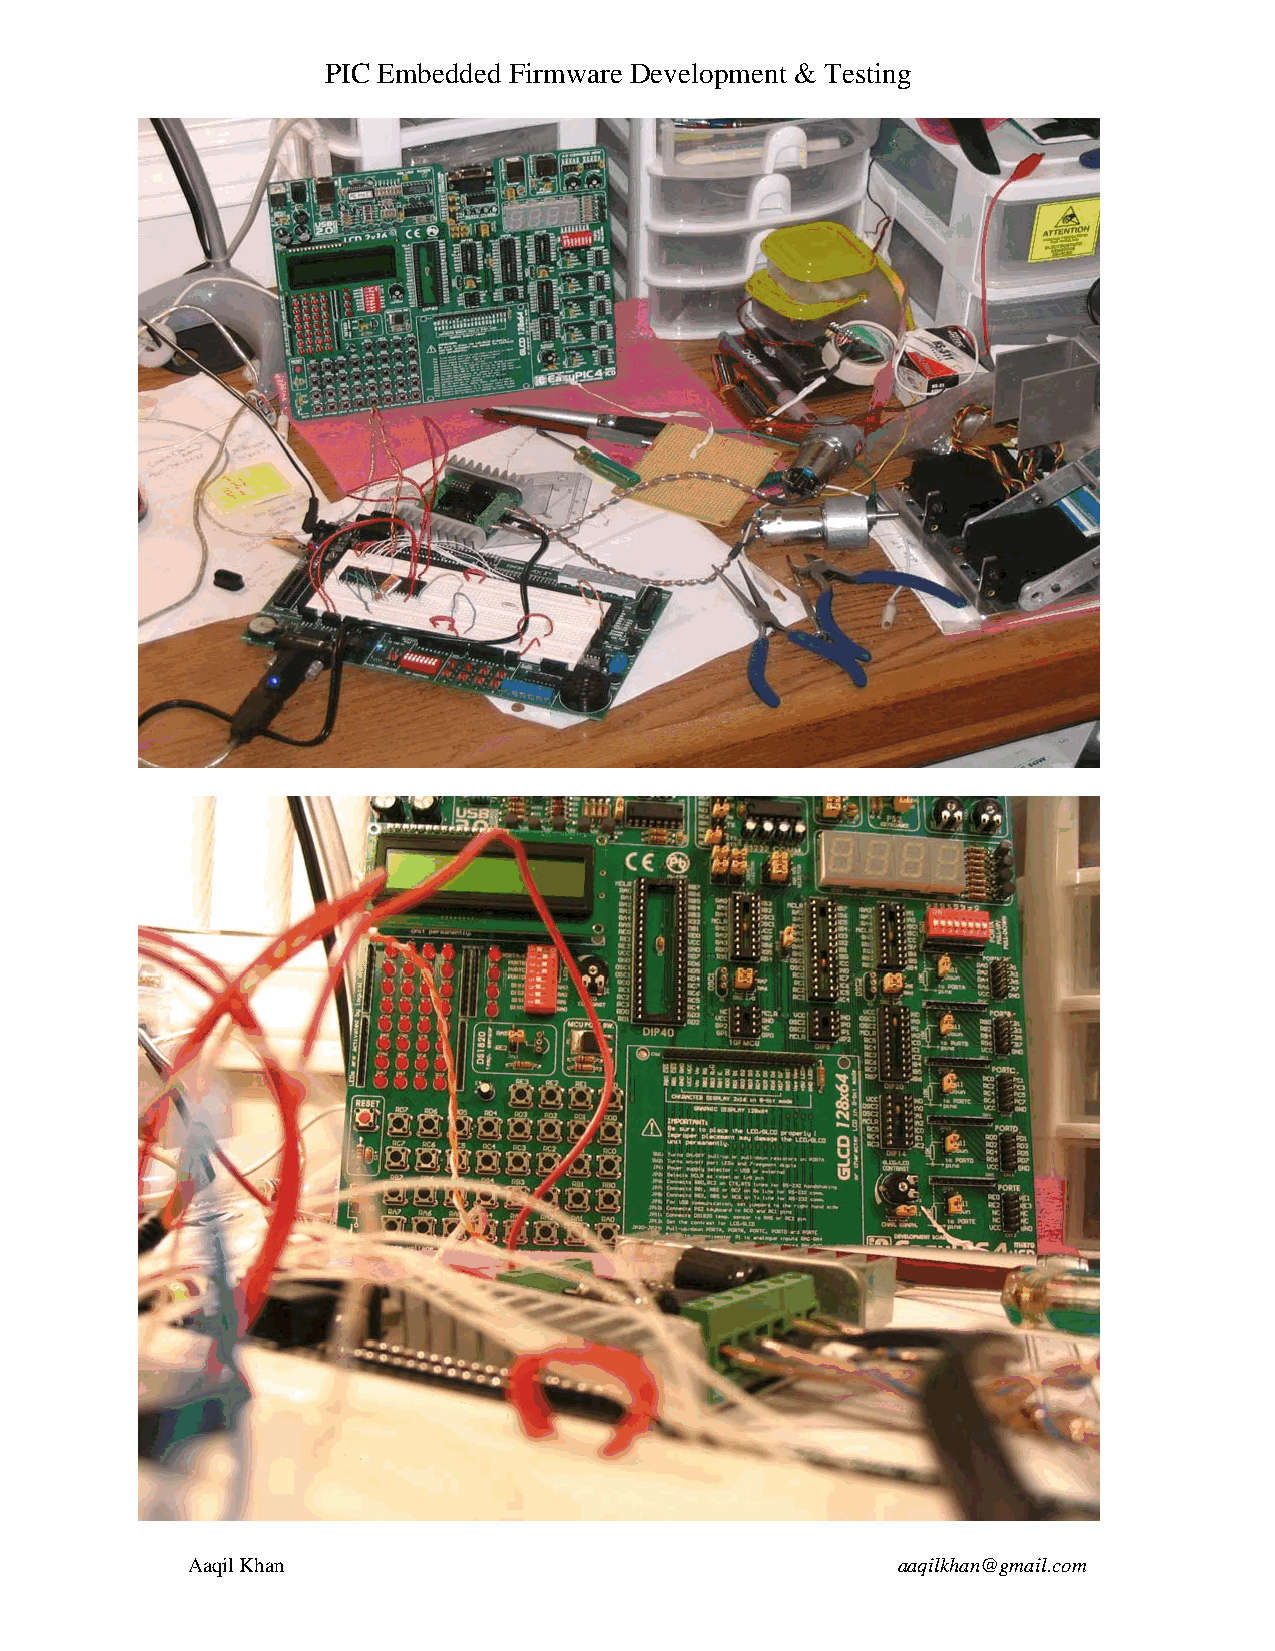
PIC Embedded Firmware Development & Testing
 Aaqil Khan                                     aaqilkhan@gmail.com